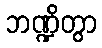
ဘဏ္ဍိတွာ